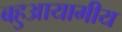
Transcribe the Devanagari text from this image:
बहुआयामीय